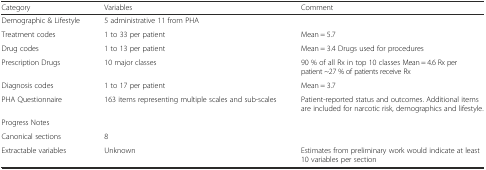
| Category | Variables | Comment |
 | --- | --- | --- |
 | Demographic & Lifestyle | 5 administrative 11 from PHA |  |
 | Treatment codes | 1 to 33 per patient | Mean = 5.7 |
 | Drug codes | 1 to 13 per patient | Mean = 3.4 Drugs used for procedures |
 | Prescription Drugs | 10 major classes | 90 % of all Rx in top 10 classes Mean = 4.6 Rx per patient ~27 % of patients receive Rx |
 | Diagnosis codes | 1 to 17 per patient | Mean = 3.7 |
 | PHA Questionnaire | 163 items representing multiple scales and sub-scales | Patient-reported status and outcomes. Additional items are included for narcotic risk, demographics and lifestyle. |
 | Progress Notes |  |  |
 | Canonical sections | 8 |  |
 | Extractable variables | Unknown | Estimates from preliminary work would indicate at least 10 variables per section |